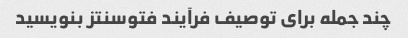
چند جمله برای توصیف فرآیند فتوسنتز بنویسید